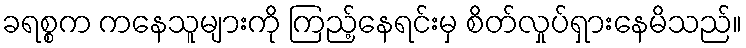
ခရစ္စက ကနေသူများကို ကြည့်နေရင်းမှ စိတ်လှုပ်ရှားနေမိသည်။